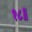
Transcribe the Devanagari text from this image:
१८॥